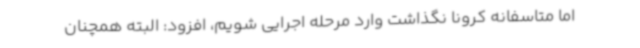
اما متاسفانه کرونا نگذاشت وارد مرحله اجرایی شویم، افزود: البته همچنان